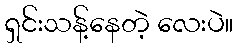
ရှင်းသန့်နေတဲ့ လေးပဲ။